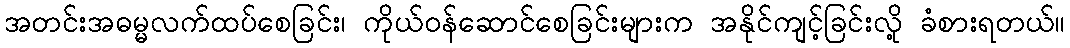
အတင်းအဓမ္မလက်ထပ်စေခြင်း၊ ကိုယ်ဝန်ဆောင်စေခြင်းများက အနိုင်ကျင့်ခြင်းလို့ ခံစားရတယ်။